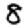
Digit: 8